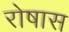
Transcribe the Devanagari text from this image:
रोषास